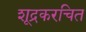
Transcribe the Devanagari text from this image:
शूद्रकरचित